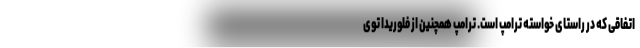
اتفاقی که در راستای خواسته ترامپ است. ترامپ همچنین از فلوریدا توی